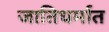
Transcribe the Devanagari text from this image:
जातिधर्मात